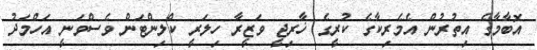
އޮބާމާގެ އިތުރުން އެމެރިކާގެ ކުރީގެ ޚާރިޖީ ވަޒީރާ ހިލަރީ ކްލިންޓަން ވެސްވަނީ އަހްމަދު